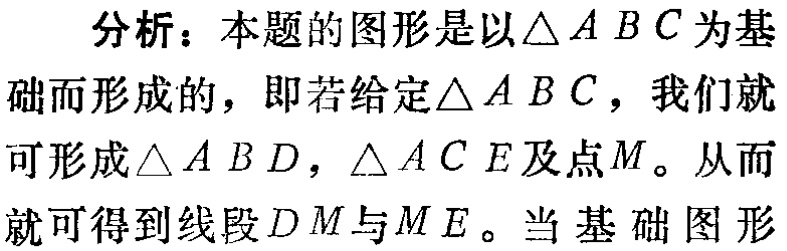
分析：本题的图形是以$\triangle ABC$为基础而形成的，即若给定$\triangle ABC$，我们就可形成$\triangle ABD$，$\triangle ACE$及点$M$。从而就可得到线段$DM$与$ME$。当基础图形